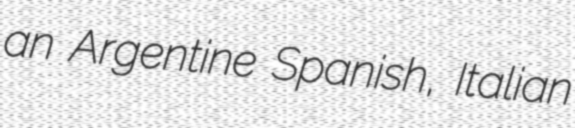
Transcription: an Argentine Spanish, Italian